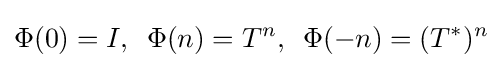
\displaystyle \Phi (0)=I,\,\,\,\Phi (n)=T^{n},\,\,\,\Phi (-n)=(T^{*})^{n}